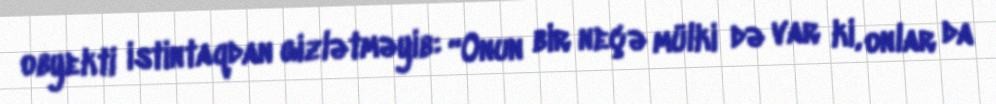
obyekti istintaqdan gizlətməyib: “Onun bir neçə mülki də var ki, onlar da